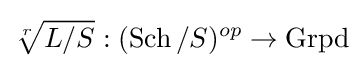
{\sqrt[{r}]{L/S}}:(\operatorname {Sch} /S)^{op}\to \operatorname {Grpd}